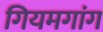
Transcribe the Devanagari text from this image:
गियमगांग